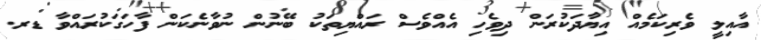
އާއިލީ ވެރިކަމެއް އިޔާދަކުރަން ދިވެހި އެއްވެސް ރައްޔިތަކު ބޭނުން ނުވާނެކަން ފާހަގަކުރައްވާ ޑރ.